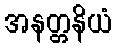
အနတ္တနိယံ